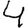
Digit: 4